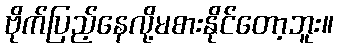
ဗိုက်ပြည့်နေလို့မစားနိုင်တော့ဘူး။